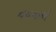
નયનાએ